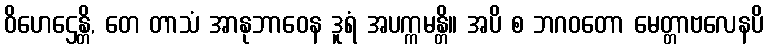
ဝိဟေဌေန္တိ, တေ တာသံ အာနုဘာဝေန ဒူရံ အပက္ကမန္တိ။ အပိ စ ဘဂဝတော မေတ္တာဗလေနပိ